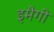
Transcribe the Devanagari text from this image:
इमैगी